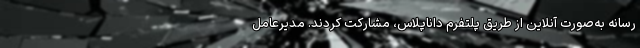
رسانه به‌صورت آنلاین از طریق پلتفرم داناپلاس، مشارکت کردند. مدیرعامل